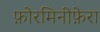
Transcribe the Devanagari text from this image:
फ़ोरमिनीफ़ेरा